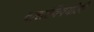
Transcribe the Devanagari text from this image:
वाद्यांविषयीही